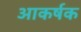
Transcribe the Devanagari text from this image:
अाकर्षक